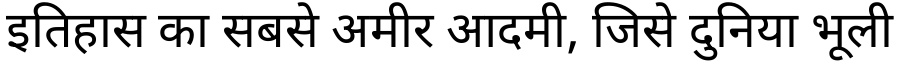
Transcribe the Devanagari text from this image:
इतिहास का सबसे अमीर आदमी, जिसे दुनिया भूली